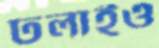
ঢলাইও